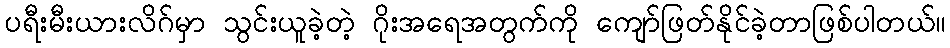
ပရီးမီးယားလိဂ်မှာ သွင်းယူခဲ့တဲ့ ဂိုးအရေအတွက်ကို ကျော်ဖြတ်နိုင်ခဲ့တာဖြစ်ပါတယ်။